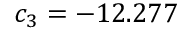
c _ { 3 } = - 1 2 . 2 7 7